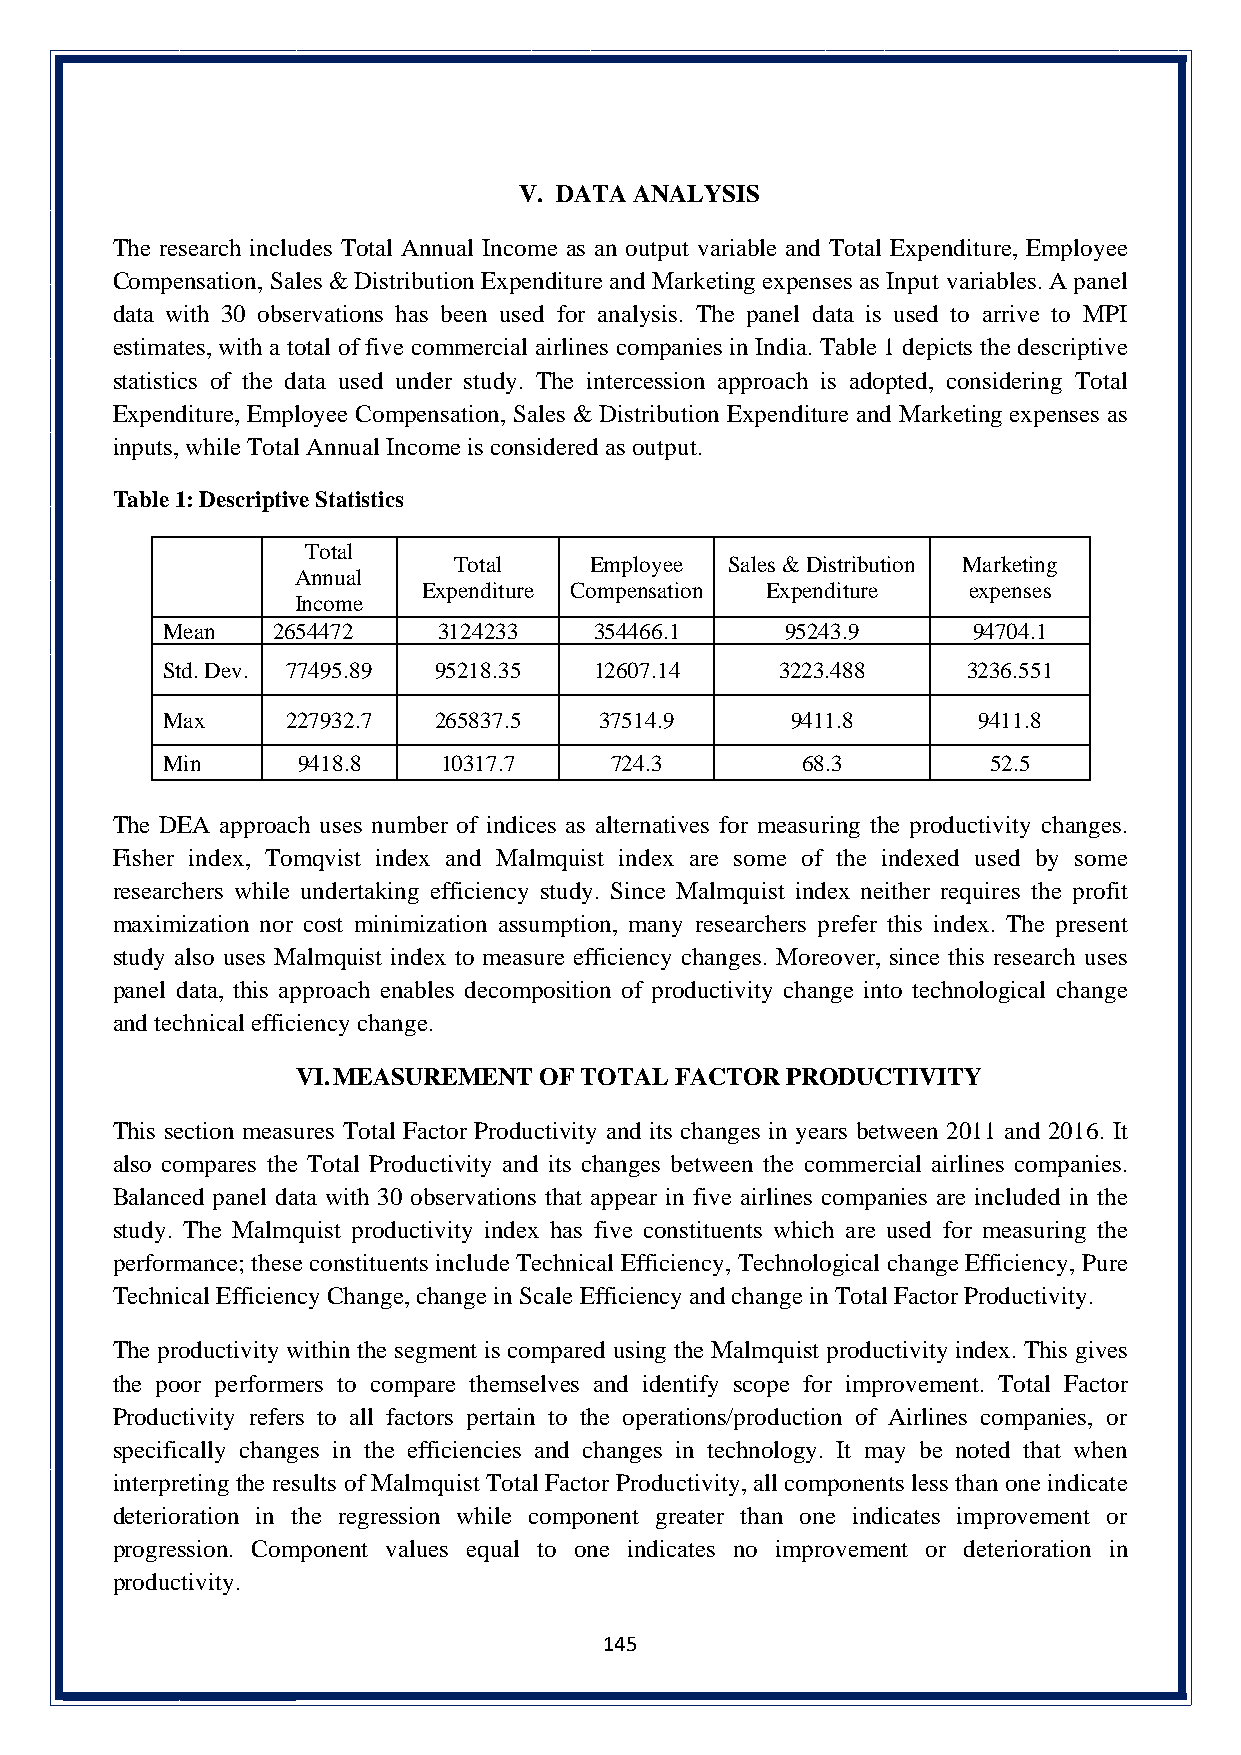
V. DATA ANALYSIS
 The research includes Total Annual Income as an output variable and Total Expenditure, Employee
 Compensation, Sales & Distribution Expenditure and Marketing expenses as Input variables. A panel
 data with 30 observations has been used for analysis. The panel data is used to arrive to MPI
 estimates, with a total of five commercial airlines companies in India. Table 1 depicts the descriptive
 statistics of the data used under study. The intercession approach is adopted, considering Total
 Expenditure, Employee Compensation, Sales & Distribution Expenditure and Marketing expenses as
 inputs, while Total Annual Income is considered as output.
 Table 1: Descriptive Statistics
 Total
 Total    Employee Sales & Distribution Marketing
 Annual
 Expenditure Compensation Expenditure expenses
 Income
 Mean   2654472    3124233   354466.1     95243.9     94704.1
 Std. Dev. 77495.89 95218.35 12607.14     3223.488    3236.551
 Max     227932.7  265837.5   37514.9     9411.8       9411.8
 Min      9418.8   10317.7    724.3        68.3        52.5
 The DEA approach uses number of indices as alternatives for measuring the productivity changes.
 Fisher index, Tomqvist index and Malmquist index are some of the indexed used by some
 researchers while undertaking efficiency study. Since Malmquist index neither requires the profit
 maximization nor cost minimization assumption, many researchers prefer this index. The present
 study also uses Malmquist index to measure efficiency changes. Moreover, since this research uses
 panel data, this approach enables decomposition of productivity change into technological change
 and technical efficiency change.
 VI. MEASUREMENT OF TOTAL FACTOR PRODUCTIVITY
 This section measures Total Factor Productivity and its changes in years between 2011 and 2016. It
 also compares the Total Productivity and its changes between the commercial airlines companies.
 Balanced panel data with 30 observations that appear in five airlines companies are included in the
 study. The Malmquist productivity index has five constituents which are used for measuring the
 performance; these constituents include Technical Efficiency, Technological change Efficiency, Pure
 Technical Efficiency Change, change in Scale Efficiency and change in Total Factor Productivity.
 The productivity within the segment is compared using the Malmquist productivity index. This gives
 the poor performers to compare themselves and identify scope for improvement. Total Factor
 Productivity refers to all factors pertain to the operations/production of Airlines companies, or
 specifically changes in the efficiencies and changes in technology. It may be noted that when
 interpreting the results of Malmquist Total Factor Productivity, all components less than one indicate
 deterioration in the regression while component greater than one indicates improvement or
 progression. Component values equal to one indicates no improvement or deterioration in
 productivity.
 145